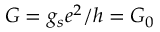
G = g _ { s } e ^ { 2 } / h = G _ { 0 }